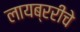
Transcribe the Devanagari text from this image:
लायब्ररीचे